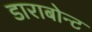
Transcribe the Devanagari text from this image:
डाराबोन्ट